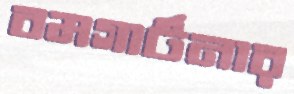
বমগার্টনার